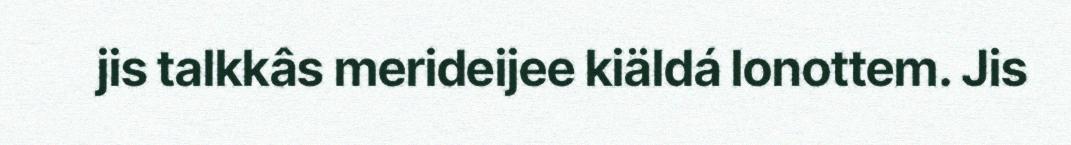
jis talkkâs merideijee kiäldá lonottem. Jis